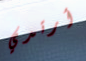
أرتدي